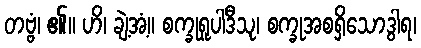
တဗ္ဗံ၊ ၏။ ဟိ၊ ချဲ့အံ့။ စက္ခုရူပါဒီသု၊ စက္ခုအစရှိသောဒွါရ၊